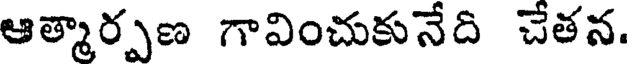
ఆత్మార్పణ గావించుకునేది చేతన.